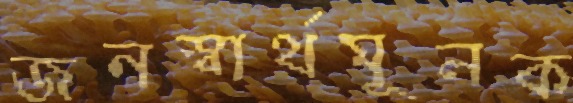
জনস্বার্থমূলক